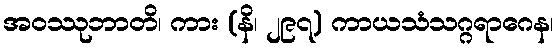
အဝဿုဘာတိ၊ ကား (နိ၊ ၂၉၇) ကာယသံသဂ္ဂရာဂေန၊